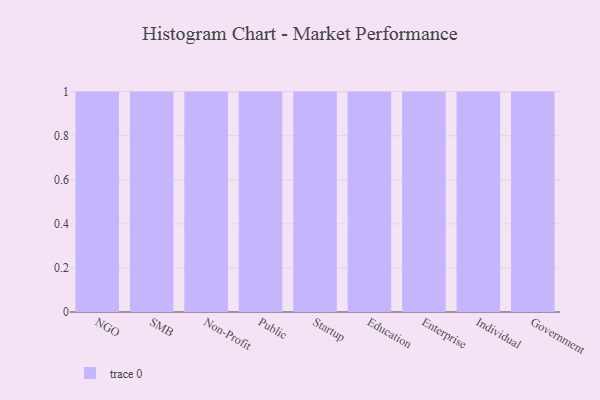
{"axis": {"x": "Segment", "y": "Temperature (°C)"}, "legend": [""], "data": [{"x": "NGO", "y": 79, "type": ""}, {"x": "SMB", "y": 1, "type": ""}, {"x": "Non-Profit", "y": 35, "type": ""}, {"x": "Public", "y": 12, "type": ""}, {"x": "Startup", "y": 98, "type": ""}, {"x": "Education", "y": 9, "type": ""}, {"x": "Enterprise", "y": 84, "type": ""}, {"x": "Individual", "y": 84, "type": ""}, {"x": "Government", "y": 54, "type": ""}]}